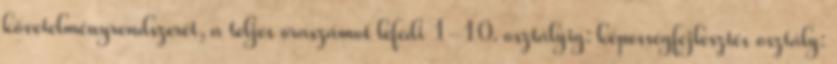
követelményrendszerét, a teljes óraszámot lefedi 1-10. osztályig: képességfejlesztés osztály: